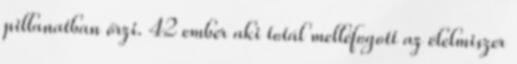
pillanatban őrzi. 42 ember aki totál melléfogott az élelmiszer